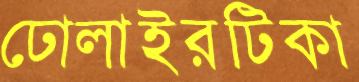
ঢোলাইরটিকা